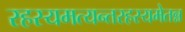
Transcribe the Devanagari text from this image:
रहस्यमत्यन्तरहस्यमेतन्न